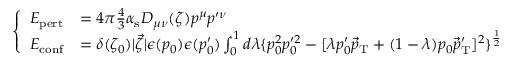
\left\{ \begin{array} { l l } { { E _ { \mathrm { p e r t } } } } & { { = 4 \pi { \frac { 4 } { 3 } } \alpha _ { \mathrm { s } } D _ { \mu \nu } ( \zeta ) p ^ { \mu } p ^ { \prime \nu } \nonumber } } \\ { { E _ { \mathrm { c o n f } } } } & { { = \delta ( \zeta _ { 0 } ) \vert { \vec { \zeta } } \vert \epsilon ( p _ { 0 } ) \epsilon ( p _ { 0 } ^ { \prime } ) \int _ { 0 } ^ { 1 } d \lambda \{ p _ { 0 } ^ { 2 } p _ { 0 } ^ { \prime 2 } - [ \lambda p _ { 0 } ^ { \prime } { \vec { p } } _ { \mathrm { T } } + ( 1 - \lambda ) p _ { 0 } { \vec { p } } _ { \mathrm { T } } ^ { \prime } ] ^ { 2 } \} ^ { \frac { 1 } { 2 } } } } \end{array} \right.